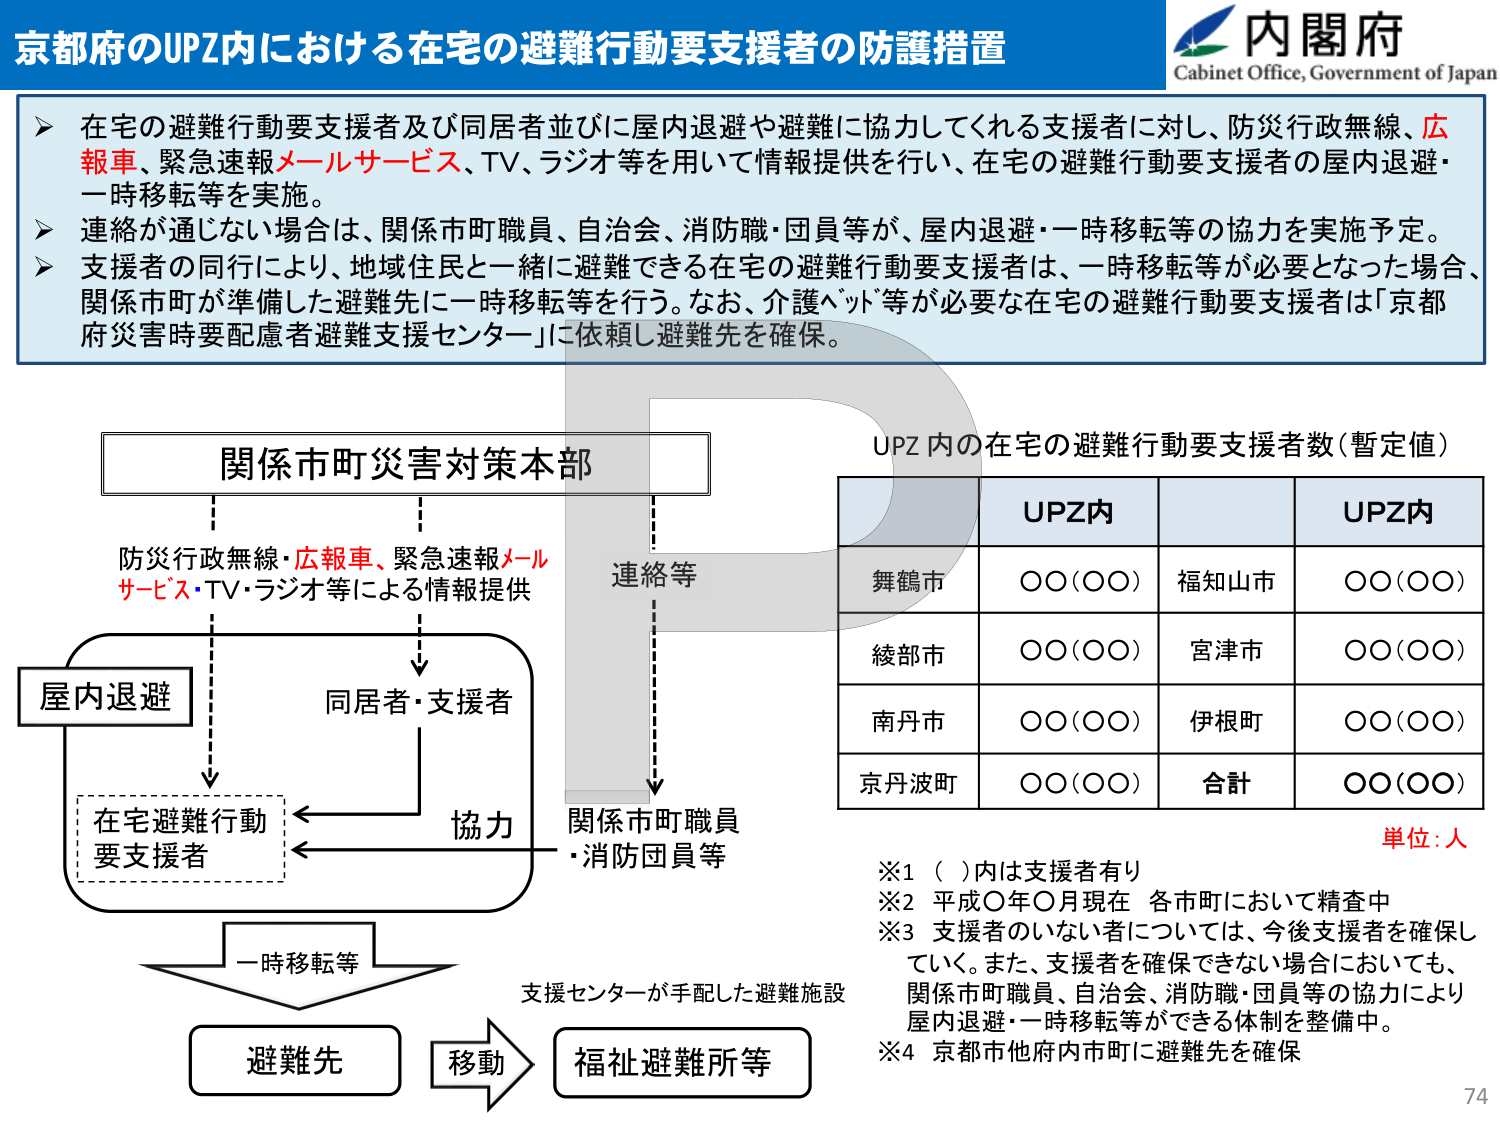
京都府のUPZ内における在宅の避難行動要支援者の防護措置

内閣府
Cabinet Office, Government of Japan

➤ 在宅の避難行動要支援者及び同居者並びに屋内退避や避難に協力してくれる支援者に対し、防災行政無線、広報車、緊急速報メールサービス、TV、ラジオ等を用いて情報提供を行い、在宅の避難行動要支援者の屋内退避・一時移転等を実施。

➤ 連絡が通じない場合は、関係市町職員、自治会、消防職・団員等が、屋内退避・一時移転等の協力を実施予定。

➤ 支援者の同行により、地域住民と一緒に避難できる在宅の避難行動要支援者は、一時移転等が必要となった場合、関係市町が準備した避難先に一時移転等を行う。なお、介護ベッド等が必要な在宅の避難行動要支援者は「京都府災害時要配慮者避難支援センター」に依頼し避難先を確保。

関係市町災害対策本部

防災行政無線・広報車、緊急速報メールサービス・TV・ラジオ等による情報提供

屋内退避

同居者・支援者

協力

在宅避難行動要支援者

一時移転等

避難先

移動

福祉避難所等

連絡等

関係市町職員・消防団員等

UPZ内の在宅の避難行動要支援者数（暫定値）

|       | UPZ内       |       | UPZ内       |
|-------|-------------|-------|-------------|
| 舞鶴市 | ○○（○○） | 福知山市 | ○○（○○） |
| 綾部市 | ○○（○○） | 宮津市 | ○○（○○） |
| 南丹市 | ○○（○○） | 伊根町 | ○○（○○） |
| 京丹波町 | ○○（○○） | 合計 | ○○（○○） |

単位：人

※1 （ ）内は支援者有り
※2 平成〇年〇月現在 各市町において精査中
※3 支援者のいない者については、今後支援者を確保していき、また、支援者を確保できない場合においても、関係市町職員、自治会、消防職・団員等の協力により屋内退避・一時移転等ができる体制を整備中。
※4 京都市他府内市町に避難先を確保

74